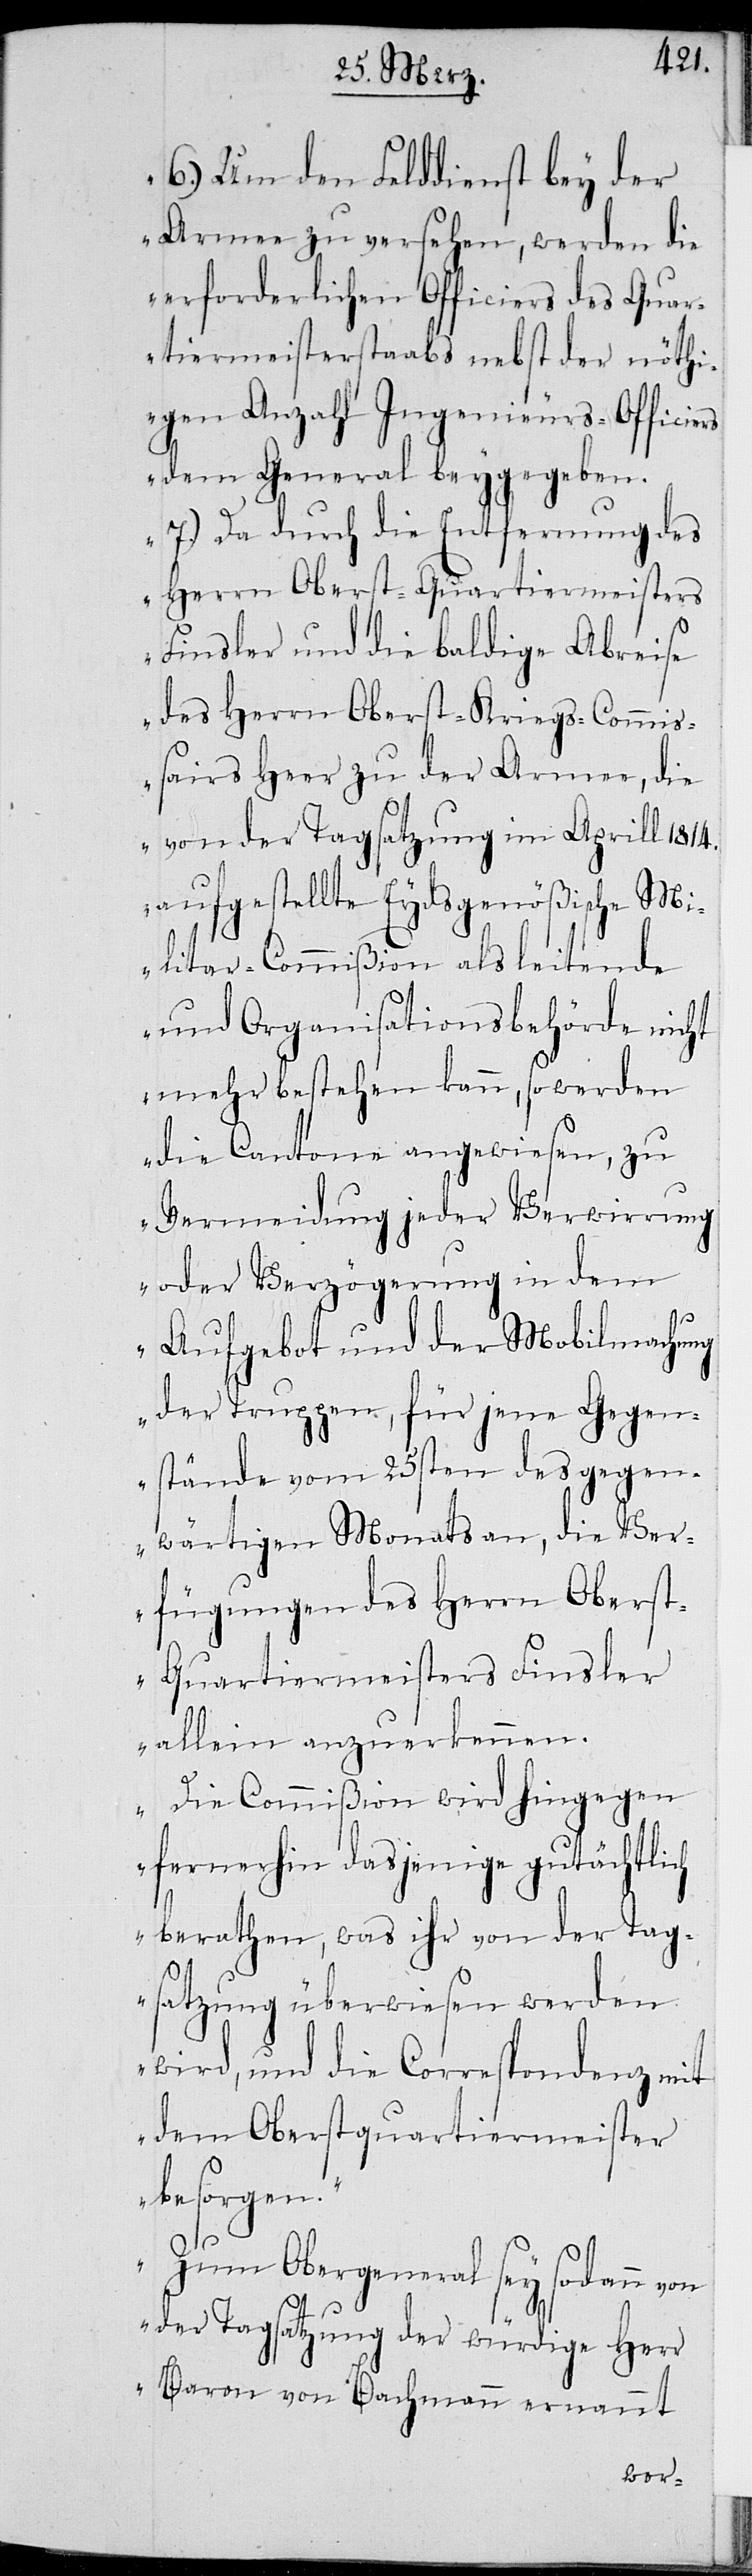
6.) Um den Felddienst bey der
Armee zu versehen, werden die
erforderlichen Officiers des Qua¬
rtiermeisterstaabs nebst der nöthi¬
gen Anzahl Ingenieurs-Officiers
dem General beygegeben.
7.) Da durch die Entfernung des
Herrn Oberst-Quartiermeister
Finsler und die baldige Abreise
des Herrn Oberst-Kriegs-Commi¬
ßairs Heer zu der Armee, die
von der Tagsatzung im Aprill 1814.
aufgestellte Eydsgenößische Mi¬
litar-Commißion als leitende
und Organisationsbehörde nicht
mehr bestehen kann, so werden
die Cantone angewiesen, zu
Vermeidung jeder Verwirrung
oder Verzögerung in dem
Aufgebot und der Mobilmachung
der Truppen, für jene Gegen¬
stände vom 25sten des gegen¬
wärtigen Monats an, die Ver¬
fügungen des Herrn Obers¬
t-Quartiermeisters Finsler
allein anzuerkennen.
Die Commißion wird hingegen
fernerhin dasjenige gutächtlich
berathen, was ihr von der Tag¬
satzung überwiesen werden
wird, und die Correspondenz mit
dem Oberstquartiermeister
besorgen.
Zum Obergeneral sey sodann von
der Tagsatzung der würdige Herr
Baron von Bachmann ernannt